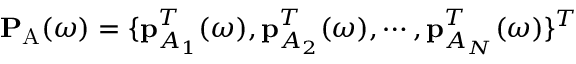
\mathbf { P } _ { \mathrm { A } } ( \omega ) = \{ \mathbf { p } _ { A _ { 1 } } ^ { T } ( \omega ) , \mathbf { p } _ { A _ { 2 } } ^ { T } ( \omega ) , \cdots , \mathbf { p } _ { A _ { N } } ^ { T } ( \omega ) \} ^ { T }